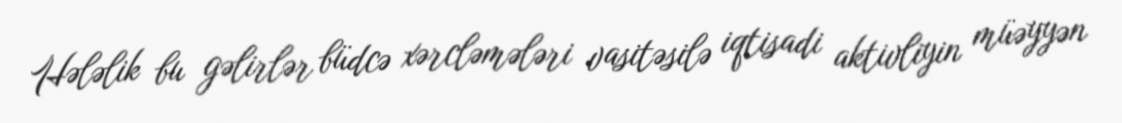
Hələlik bu gəlirlər büdcə xərcləmələri vasitəsilə iqtisadi aktivliyin müəyyən